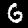
Label: 6